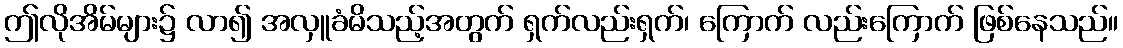
ဤလိုအိမ်များ၌ လာ၍ အလှူခံမိသည့်အတွက် ရှက်လည်းရှက်၊ ကြောက် လည်းကြောက် ဖြစ်နေသည်။